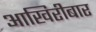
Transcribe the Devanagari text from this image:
आखिरीबार